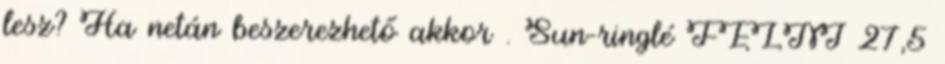
lesz? Ha netán beszerezhető akkor . Sun-ringlé FELNI 27,5